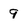
Character: 9